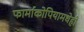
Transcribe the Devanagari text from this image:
फार्माकोपियामधेही